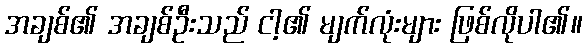
အချစ်၏ အချစ်ဦးသည် ငါ့၏ မျက်လုံးများ ဖြစ်လိုပါ၏။